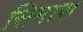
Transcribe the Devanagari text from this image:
सिमारा